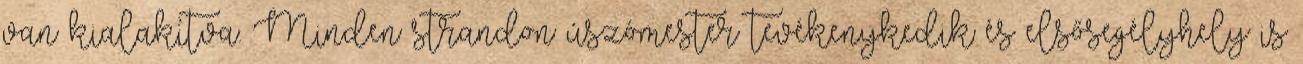
van kialakítva. Minden strandon úszómester tevékenykedik és elsősegélyhely is